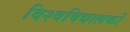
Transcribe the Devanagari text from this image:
विश्वविद्यालकों